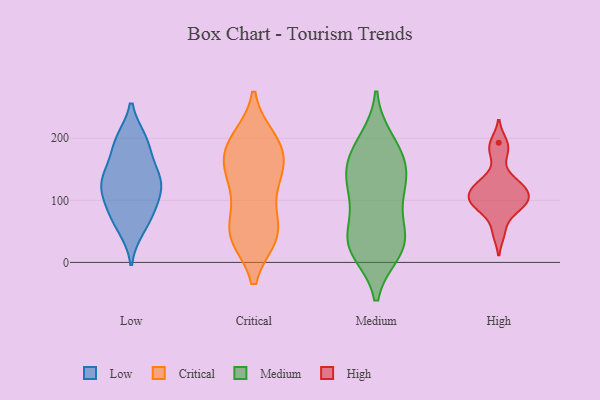
{"axis": {"x": "Website Visitors", "y": "Value"}, "legend": ["Critical", "High", "Low", "Medium"], "data": [{"x": "", "y": 197, "type": "Low"}, {"x": "", "y": 195, "type": "Low"}, {"x": "", "y": 82, "type": "Low"}, {"x": "", "y": 198, "type": "Low"}, {"x": "", "y": 84, "type": "Low"}, {"x": "", "y": 144, "type": "Low"}, {"x": "", "y": 54, "type": "Low"}, {"x": "", "y": 129, "type": "Low"}, {"x": "", "y": 61, "type": "Low"}, {"x": "", "y": 98, "type": "Low"}, {"x": "", "y": 125, "type": "Low"}, {"x": "", "y": 141, "type": "Low"}, {"x": "", "y": 167, "type": "Low"}, {"x": "", "y": 123, "type": "Low"}, {"x": "", "y": 119, "type": "Low"}, {"x": "", "y": 43, "type": "Critical"}, {"x": "", "y": 42, "type": "Critical"}, {"x": "", "y": 43, "type": "Critical"}, {"x": "", "y": 47, "type": "Critical"}, {"x": "", "y": 154, "type": "Critical"}, {"x": "", "y": 191, "type": "Critical"}, {"x": "", "y": 188, "type": "Critical"}, {"x": "", "y": 198, "type": "Critical"}, {"x": "", "y": 134, "type": "Critical"}, {"x": "", "y": 168, "type": "Critical"}, {"x": "", "y": 143, "type": "Critical"}, {"x": "", "y": 188, "type": "Critical"}, {"x": "", "y": 122, "type": "Critical"}, {"x": "", "y": 85, "type": "Critical"}, {"x": "", "y": 46, "type": "Critical"}, {"x": "", "y": 32, "type": "Medium"}, {"x": "", "y": 122, "type": "Medium"}, {"x": "", "y": 196, "type": "Medium"}, {"x": "", "y": 187, "type": "Medium"}, {"x": "", "y": 161, "type": "Medium"}, {"x": "", "y": 18, "type": "Medium"}, {"x": "", "y": 113, "type": "Medium"}, {"x": "", "y": 30, "type": "Medium"}, {"x": "", "y": 127, "type": "Medium"}, {"x": "", "y": 159, "type": "Medium"}, {"x": "", "y": 40, "type": "Medium"}, {"x": "", "y": 156, "type": "Medium"}, {"x": "", "y": 45, "type": "Medium"}, {"x": "", "y": 20, "type": "Medium"}, {"x": "", "y": 91, "type": "Medium"}, {"x": "", "y": 104, "type": "High"}, {"x": "", "y": 93, "type": "High"}, {"x": "", "y": 110, "type": "High"}, {"x": "", "y": 85, "type": "High"}, {"x": "", "y": 177, "type": "High"}, {"x": "", "y": 48, "type": "High"}, {"x": "", "y": 121, "type": "High"}, {"x": "", "y": 134, "type": "High"}, {"x": "", "y": 121, "type": "High"}, {"x": "", "y": 193, "type": "High"}, {"x": "", "y": 94, "type": "High"}]}